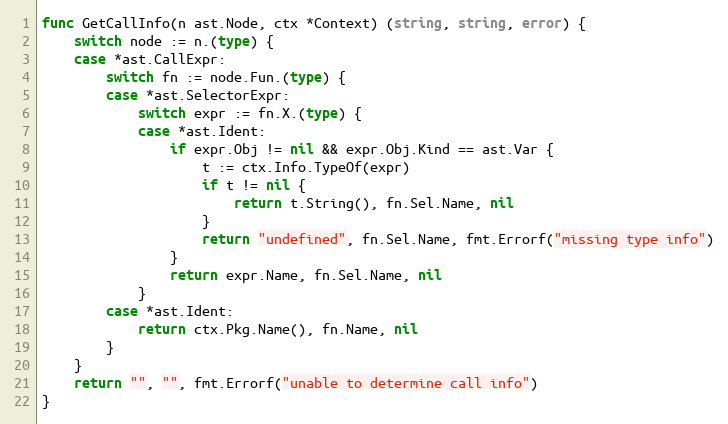
Language: Go
func GetCallInfo(n ast.Node, ctx *Context) (string, string, error) {
	switch node := n.(type) {
	case *ast.CallExpr:
		switch fn := node.Fun.(type) {
		case *ast.SelectorExpr:
			switch expr := fn.X.(type) {
			case *ast.Ident:
				if expr.Obj != nil && expr.Obj.Kind == ast.Var {
					t := ctx.Info.TypeOf(expr)
					if t != nil {
						return t.String(), fn.Sel.Name, nil
					}
					return "undefined", fn.Sel.Name, fmt.Errorf("missing type info")
				}
				return expr.Name, fn.Sel.Name, nil
			}
		case *ast.Ident:
			return ctx.Pkg.Name(), fn.Name, nil
		}
	}
	return "", "", fmt.Errorf("unable to determine call info")
}